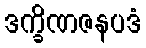
ဒက္ခိဏဇနပဒံ